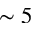
\sim 5